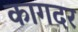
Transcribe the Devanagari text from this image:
कागदर